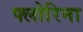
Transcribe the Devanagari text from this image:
फ्लोरिना